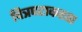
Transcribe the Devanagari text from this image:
चित्रपटाकरता